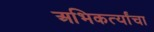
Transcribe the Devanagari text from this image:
अभिकर्त्यांचा